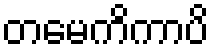
တမေကိကာပိ